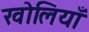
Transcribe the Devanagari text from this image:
खोलियाँ